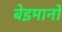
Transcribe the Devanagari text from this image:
बेइमानों